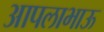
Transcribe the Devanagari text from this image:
आपलाभाऊ